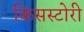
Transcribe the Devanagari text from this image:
किसस्टोरी